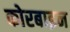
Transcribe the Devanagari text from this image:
कोरबाइन